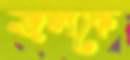
জলকে